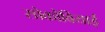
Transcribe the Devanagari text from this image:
सोकोवियाई